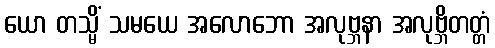
ယော တသ္မိံ သမယေ အလောဘော အလုဗ္ဘနာ အလုဗ္ဘိတတ္တံ